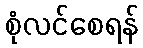
စုံလင်စေရန်